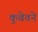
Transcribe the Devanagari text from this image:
कुवेतने